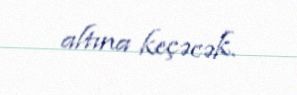
altına keçəcək.